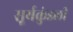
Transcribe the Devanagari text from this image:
सूर्यकुंडली